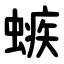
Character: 螏